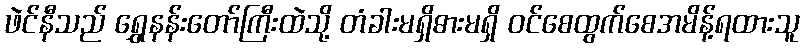
ဖဲင်နီသည် ရွှေနန်းတော်ကြီးထဲသို့ တံခါးမရှိဓားမရှိ ဝင်စေထွက်စေအမိန့်ရထားသူ